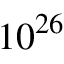
1 0 ^ { 2 6 }